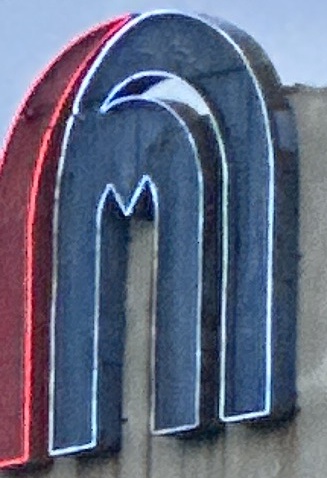
M